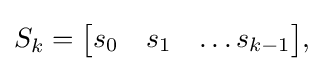
{\textstyle S_{k}={\begin{bmatrix}s_{0}&s_{1}&\ldots s_{k-1}\end{bmatrix}},}